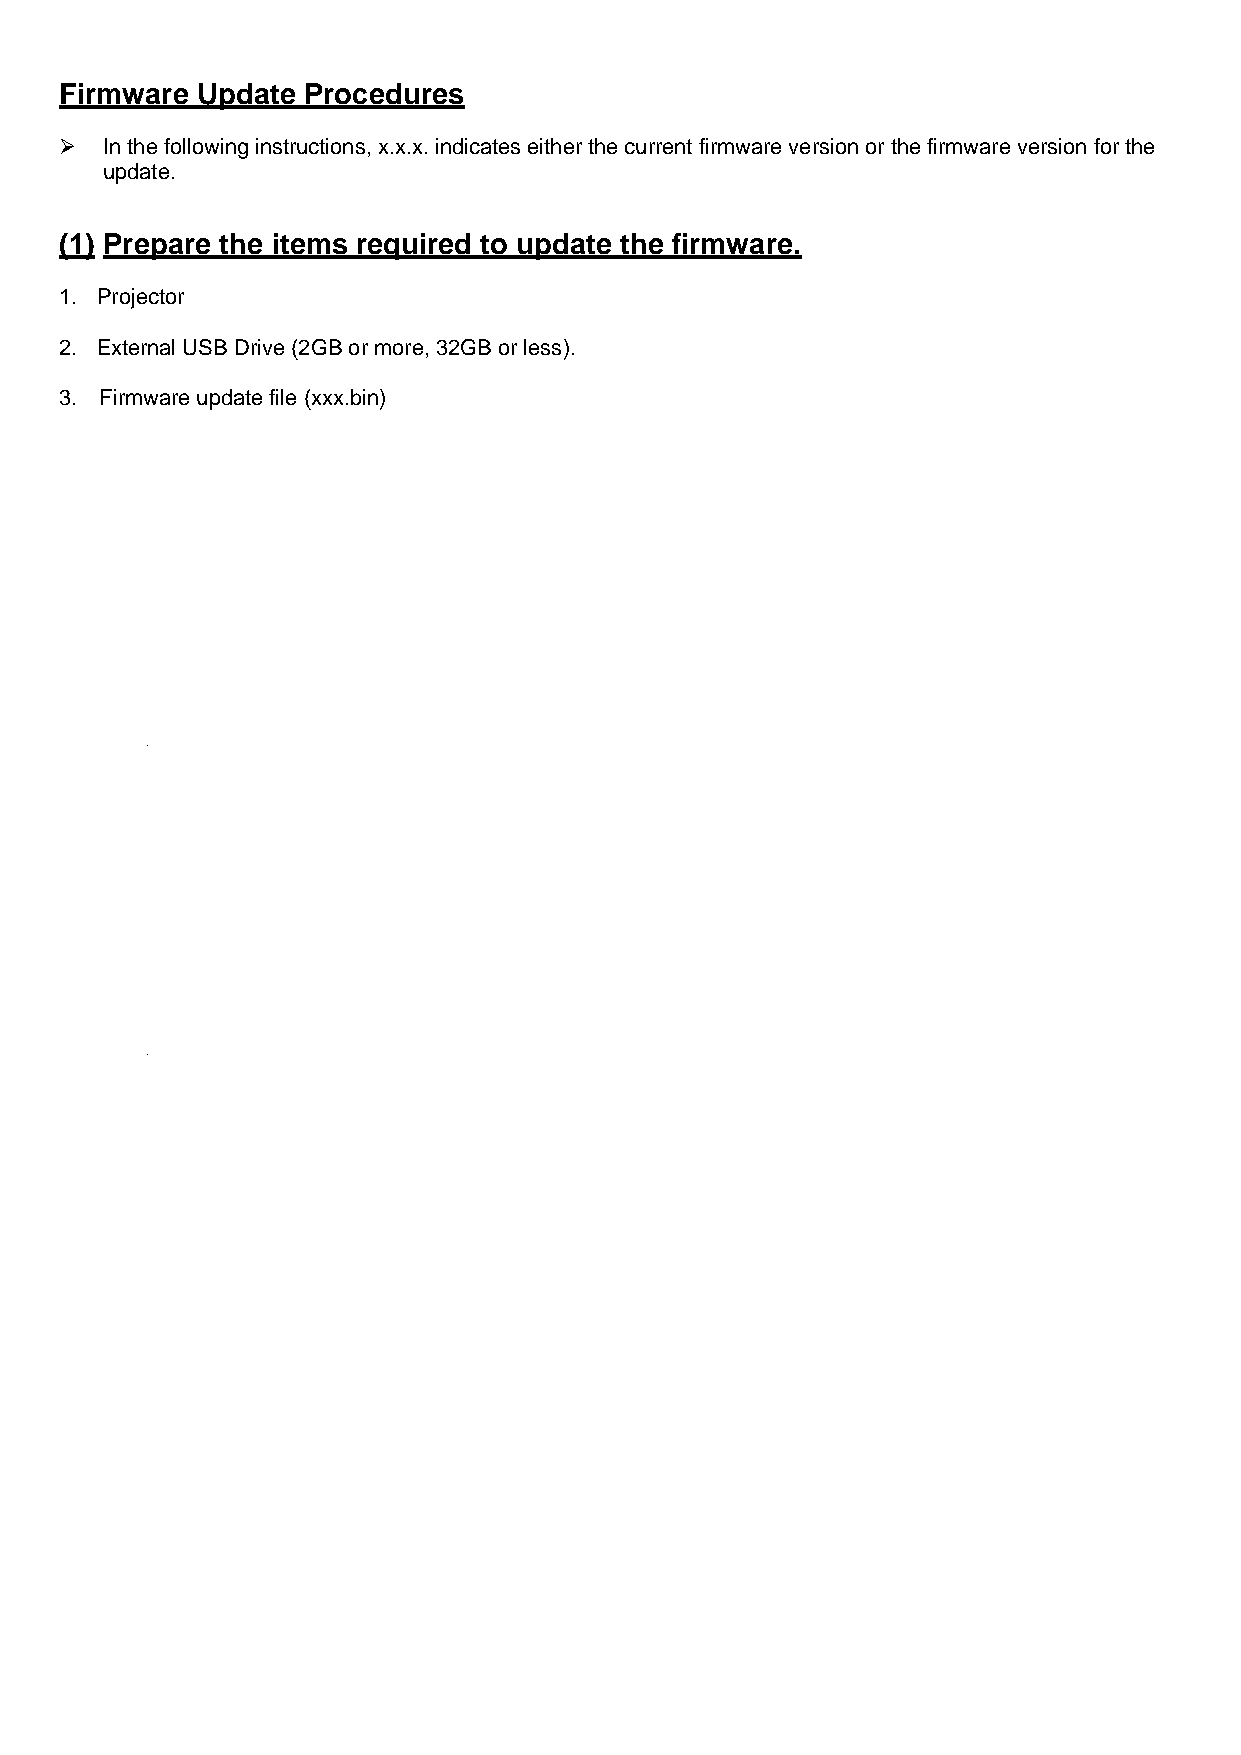
Firmware Update Procedures
   In the following instructions, x.x.x. indicates either the current firmware version or the firmware version for the
 update.
 (1) Prepare the items required to update the firmware.
 1. Projector
 2. External USB Drive (2GB or more, 32GB or less).
 3. Firmware update file (xxx.bin)
 U
 U